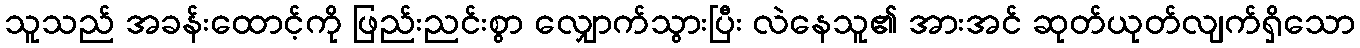
သူသည် အခန်းထောင့်ကို ဖြည်းညင်းစွာ လျှောက်သွားပြီး လဲနေသူ၏ အားအင် ဆုတ်ယုတ်လျက်ရှိသော